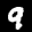
Label: 9